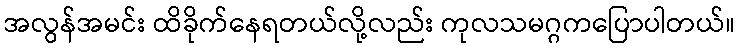
အလွန်အမင်း ထိခိုက်နေရတယ်လို့လည်း ကုလသမဂ္ဂကပြောပါတယ်။